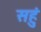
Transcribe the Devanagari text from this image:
सहुं